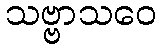
သဗ္ဗာသဝေ